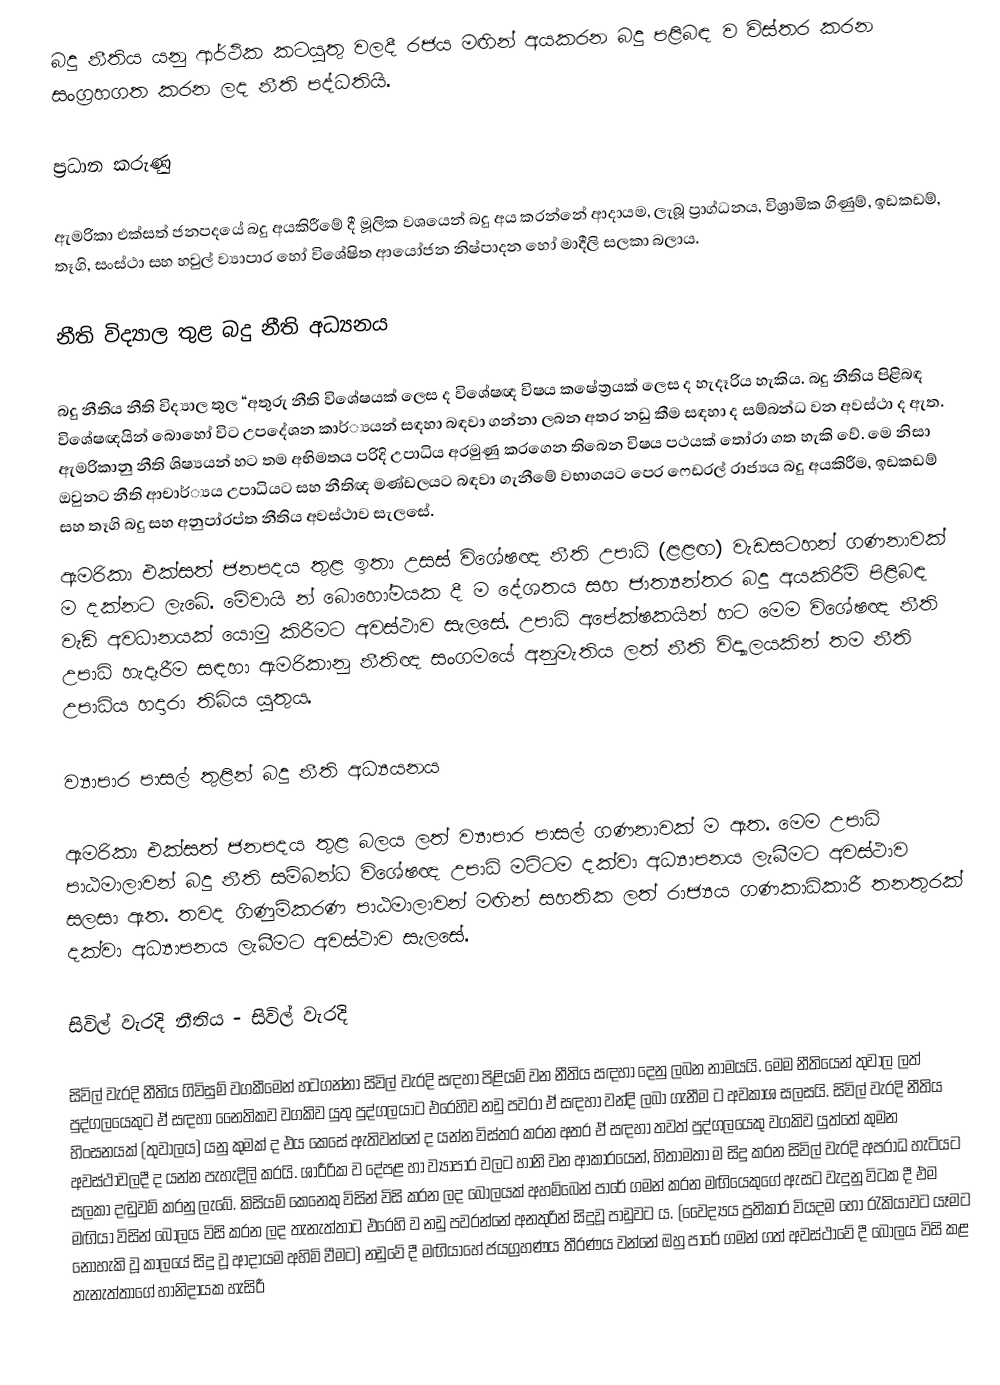
බදු නීතිය යනු ආර්ථික කටයුතු වලදී රජය මඟින් අයකරන බදු පළිබඳ ව විස්තර කරන සංග්‍රහගත කරන ලද නීති පද්ධතියි.

ප්‍රධාන කරුණු

ඇමරිකා එක්සත් ජනපදයේ බදු අයකිරීමේ දී මූලික වශයෙන් බදු අය කරන්නේ ආදායම, ලැබූ ප්‍රාග්ධනය, විශ්‍රාමික ගිණුම්, ඉඩකඩම්, තෑගි, සංස්ථා සහ හවුල් ව්‍යාපාර හෝ විශේෂිත ආයෝජන නිෂ්පාදන හෝ මාදීලි සලකා බලාය.

නීති විද්‍යාල තුළ බදු නීති අධ්‍යනය

  බදු නීතිය නීති විද්‍යාල තුල “අතුරු නීති විශේෂයක් ලෙස ද විශේෂඥ විෂය කෂේත්‍රයක් ලෙස ද හැදෑරිය හැකිය. බදු නීතිය පිළිබඳ විශේෂඥයින් බොහෝ විට උපදේශන කාර්්‍යයන් සඳහා බඳවා ගන්නා ලබන අතර නඩු කීම සඳහා ද සම්බන්ධ වන අවස්ථා ද ඇත.  ඇමරිකානු නීති ශිෂ්‍යයන් හට තම අභිමතය පරිදි උපාධිය අරමුණු කරගෙන තිබෙන විෂය පථයක් තෝරා ගත හැකි වේ. මෙ නිසා ඔවුනට නීති ආචාර්්‍යය උපාධියට සහ නීතිඥ මණ්ඩලයට බඳවා ගැනීමේ වභාගයට පෙර ෆෙඩරල් රාජ්‍යය බදු අයකිරීම, ඉඩකඩම් සහ තෑගි බදු සහ අනුපා්‍රප්ත නීතිය අවස්ථාව සැලසේ.
ඇමරිකා එක්සත් ජනපදය තුළ ඉතා උසස් විශේෂඥ නීති උපාධි (ළළඟ) වැඩසටහන් ගණනාවක් ම දක්නට ලැබේ. මේවායි න් බොහෝමයක දී ම දේශතය සහ ජාත්‍යන්තර බදු අයකිරීම් පිළිබඳ වැඩි අවධානයක්  යොමු කිරීමට අවස්ථාව සැලසේ. උපාධි අපේක්ෂකයින් හට මෙම විශේෂඥ නීති උපාධි හැදෑරීම සඳහා ඇමරිකානු නීතිඥ සංගමයේ අනුමැතිය ලත් නීති විද්‍යාලයකින් තම නීති උපාධිය හදාරා තිබිය යුතුය.

ව්‍යාපාර පාසල් තුළින් බදු නීති අධ්‍යයනය

ඇමරිකා එක්සත් ජනපදය තුළ බලය ලත් ව්‍යාපාර පාසල් ගණනාවක් ම ඇත. මෙම උපාධි පාඨමාලාවන් බදු නීති සම්බන්ධ විශේෂඥ උපාධි මට්ටම දක්වා අධ්‍යාපනය ලැබීමට අවස්ථාව සලසා ඇත. තවද ගිණුම්කරණ පාඨමාලාවන් මඟින් සහතික ලත් රාජ්‍යය ගණකාධිකාරී තනතුරක් දක්වා අධ්‍යාපනය ලැබීමට අවස්ථාව සැලසේ.

සිවිල් වැරදි නීතිය - සිවිල් වැරදි

සිවිල් වැරදි නීතිය ගිවිසුම් වගකීමෙන් හටගන්නා සිවිල් වැරදි සඳහා පිළියම් වන නීතිය සඳහා දෙනු ලබන නාමයයි. මෙම නීතියෙන් තුවාල ලත් පුද්ගලයෙකුට ඒ සඳහා නෛතිකව වගකිව යුතු පුද්ගලයාට එරෙහිව නඩු පවරා ඒ සඳහා වන්දි ලබා ගැනීම ට අවකාශ සලසයි. සිවිල් වැරදි නීතිය හිංසනයක් (තුවාලය) යනු කුමක් ද එය කෙසේ ඇතිවන්නේ ද යන්න විස්තර කරන අතර ඒ සඳහා තවත් පුද්ගලයෙකු වගකිව යුත්තේ කුමන අවස්ථාවලදී ද යන්න පැහැදිලි කරයි. ශාරීරික ව දේපළ හා ව්‍යාපාර වලට හානි වන ආකාරයෙන්, හිතාමතා ම සිදු කරන සිවිල් වැරදි අපරාධ හැටියට සලකා දඬුවම් කරනු ලැබේ. කිසියම් කෙනෙකු විසින් විසි කරන ලද බෝලයක් අහම්බෙන් පාරේ ගමන් කරන මඟියෙකුගේ ඇසට වැදුනු විටක දී එම මඟියා විසින් බෝලය විසි කරන ලද තැනැත්තාට එරෙහි ව නඩු පවරන්නේ අනතුරින් සිදුවූ පාඩුවට ය. (වෛද්‍යය ප්‍රතිකාර වියදම හෝ රැකියාවට යෑමට නොහැකි වූ කාලයේ සිදු වූ ආදායම අහිමි වීමට) නඩුවේ දී මඟියාහේ ජයග්‍රහණය තීරණය වන්නේ ඔහු පාරේ ගමන් ගත් අවස්ථාවේ දී බෝලය විසි කළ තැනැත්තාගේ හානිදායක හැසිරී